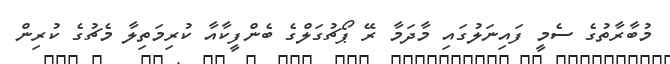
މުބާރާތުގެ ސެމީ ފައިނަލުގައި މާދަމާ ރޭ ޕޯޗުގަލްގެ ބެންފީކާއާ ކުރިމަތިލާ މެޗުގެ ކުރިން